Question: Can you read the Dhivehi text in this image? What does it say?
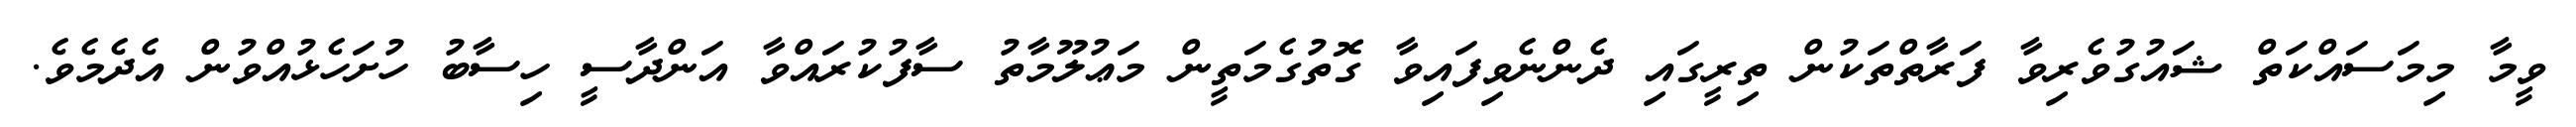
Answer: ވީމާ މިމަސައްކަތް ޝައުގުވެރިވާ ފަރާތްތަކުން ތިރީގައި ދެންނެވިފައިވާ ގޮތުގެމަތީން މަޢުލޫމާތު ސާފުކުރައްވާ އަންދާސީ ހިސާބު ހުށަހެޅުއްވުން އެދެމެވެ.